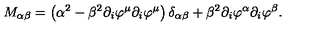
M _ { \alpha \beta } = \left( \alpha ^ { 2 } - \beta ^ { 2 } \partial _ { i } \varphi ^ { \mu } \partial _ { i } \varphi ^ { \mu } \right) \delta _ { \alpha \beta } + \beta ^ { 2 } \partial _ { i } \varphi ^ { \alpha } \partial _ { i } \varphi ^ { \beta } .